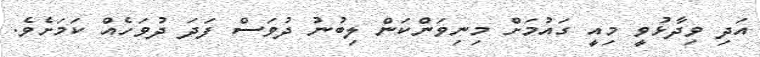
އަދި ވިދާޅުވީ މިއީ ގައުމަށް މިނިވަންކަން ލިބުނު ދުވަސް ފަދަ ދުވަހެއް ކަމަށެވެ.